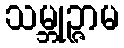
သမ္ဘုဉ္ဇာမ